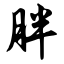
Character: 胖